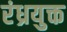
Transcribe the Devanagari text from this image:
रंध्रयुक्त